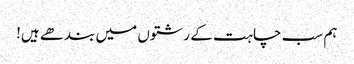
ہم سب چاہت کے رشتوں میں بندھے ہیں!